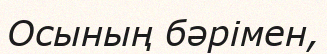
Осының бәрімен,